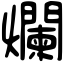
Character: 爛